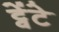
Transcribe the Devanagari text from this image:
ट्वेंटे